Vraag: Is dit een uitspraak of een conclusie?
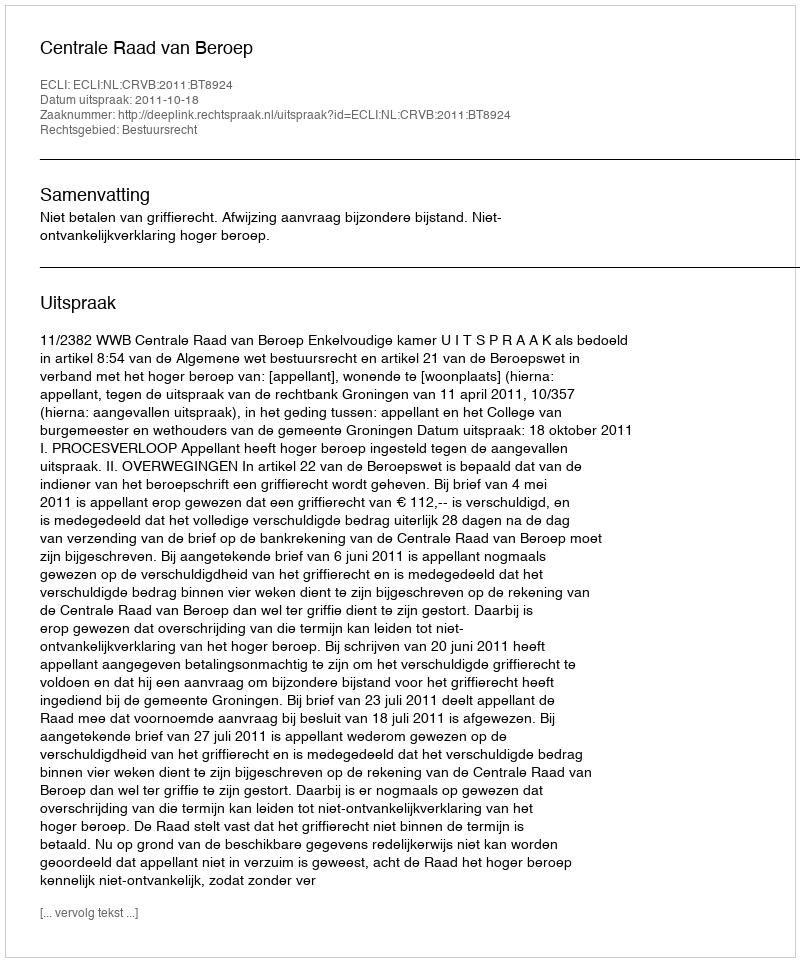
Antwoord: Uitspraak